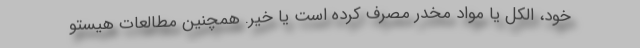
خود، الکل یا مواد مخدر مصرف کرده است یا خیر. همچنین مطالعات هیستو